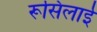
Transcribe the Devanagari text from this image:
रूसिलाई